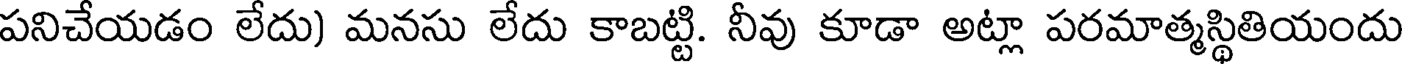
పనిచేయడం లేదు) మనసు లేదు కాబట్టి. నీవు కూడా అట్లా పరమాత్మస్థితియందు